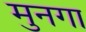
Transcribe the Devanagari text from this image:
मुनगा